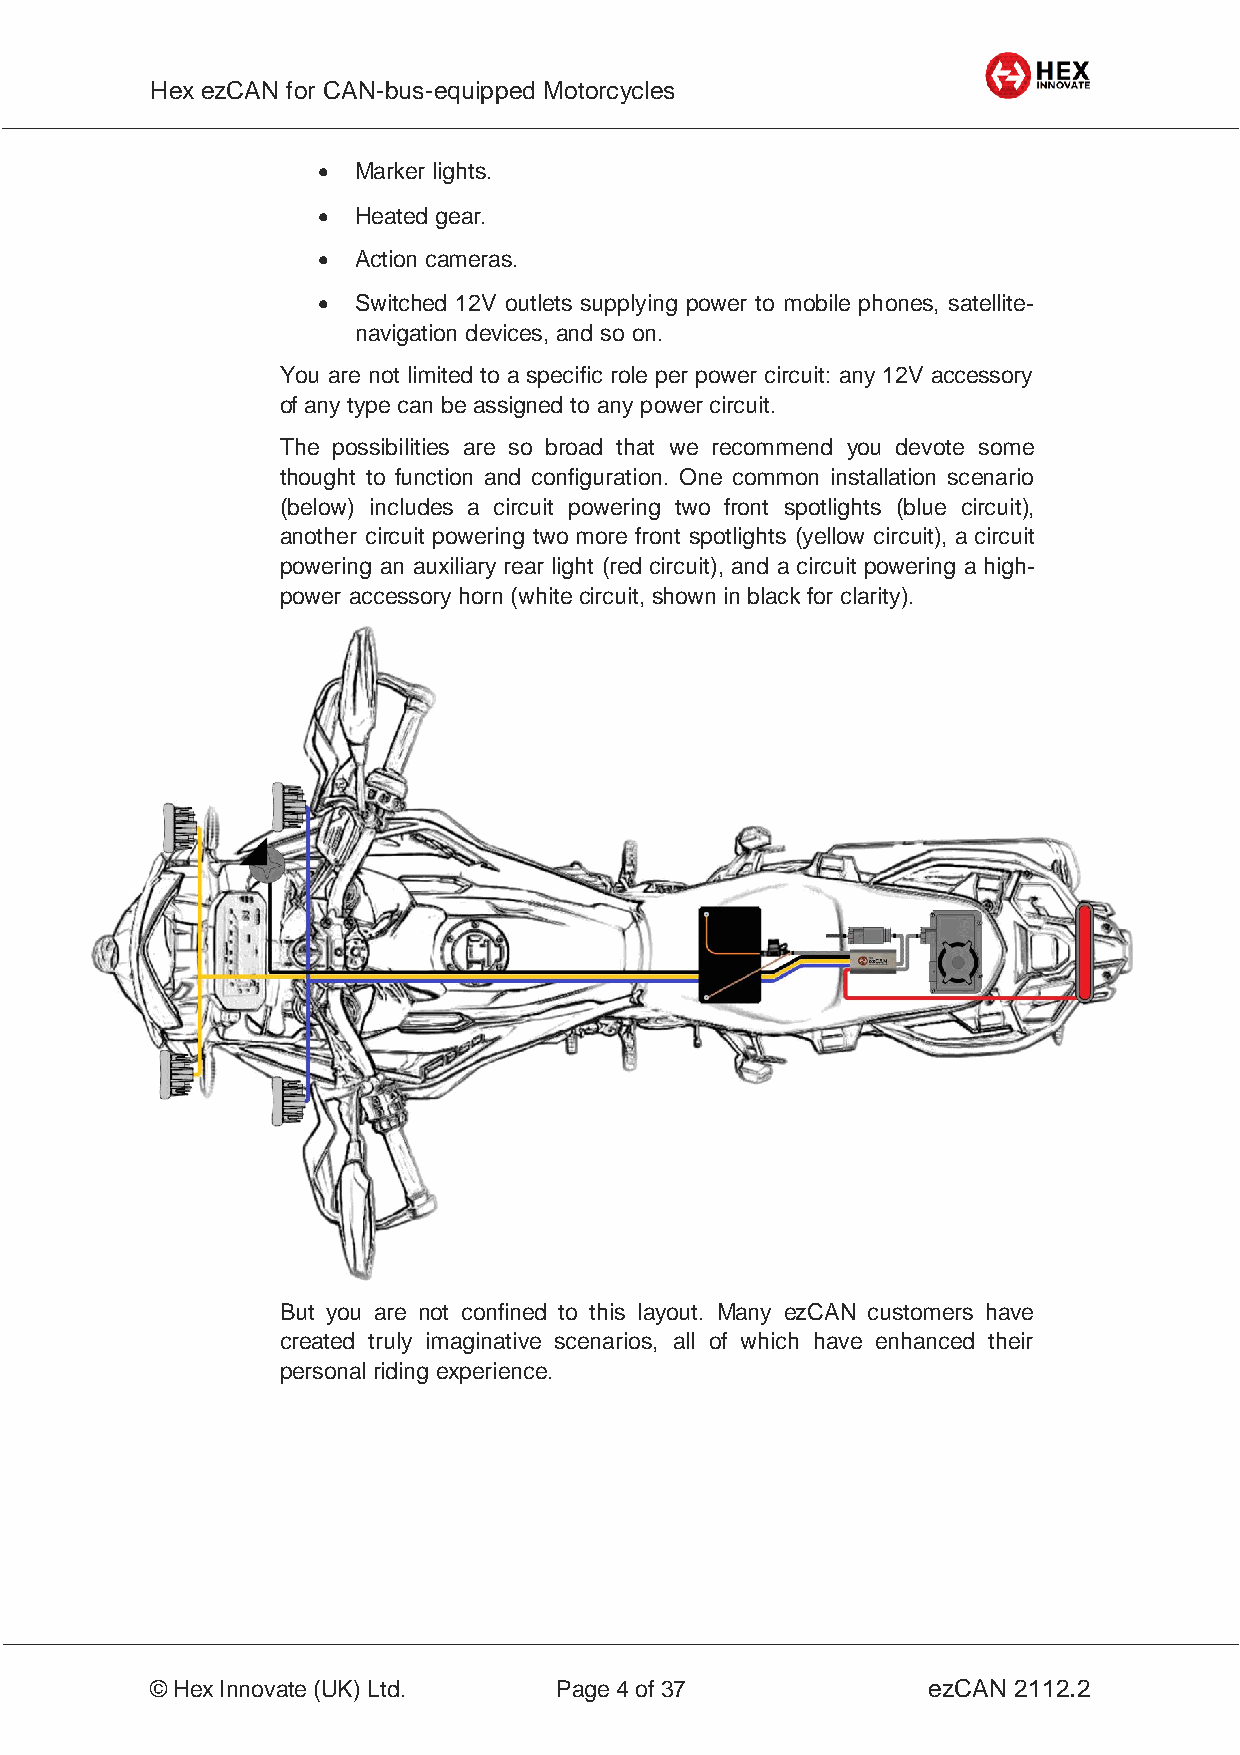
Hex ezCAN for CAN-bus-equipped Motorcycles
 _________________________________________________________________________________________________
   Marker lights.
   Heated gear.
   Action cameras.
   Switched 12V outlets supplying power to mobile phones, satellite-
 navigation devices, and so on.
 You are not limited to a specific role per power circuit: any 12V accessory
 of any type can be assigned to any power circuit.
 The possibilities are so broad that we recommend you devote some
 thought to function and configuration. One common installation scenario
 (below) includes a circuit powering two front spotlights (blue circuit),
 another circuit powering two more front spotlights (yellow circuit), a circuit
 powering an auxiliary rear light (red circuit), and a circuit powering a high-
 power accessory horn (white circuit, shown in black for clarity).
 But you are not confined to this layout. Many ezCAN customers have
 created truly imaginative scenarios, all of which have enhanced their
 personal riding experience.
 _________________________________________________________________________________________________
 © Hex Innovate (UK) Ltd.   Page 4 of 37            ezCAN 2112.2